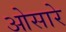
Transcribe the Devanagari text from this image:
ओसारे